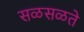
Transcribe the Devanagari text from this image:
सळसळते